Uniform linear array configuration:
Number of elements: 12
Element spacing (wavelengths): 1
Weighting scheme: exponential
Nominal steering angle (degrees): -60
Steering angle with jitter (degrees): -58.808
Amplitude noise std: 0.05
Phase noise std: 0.05

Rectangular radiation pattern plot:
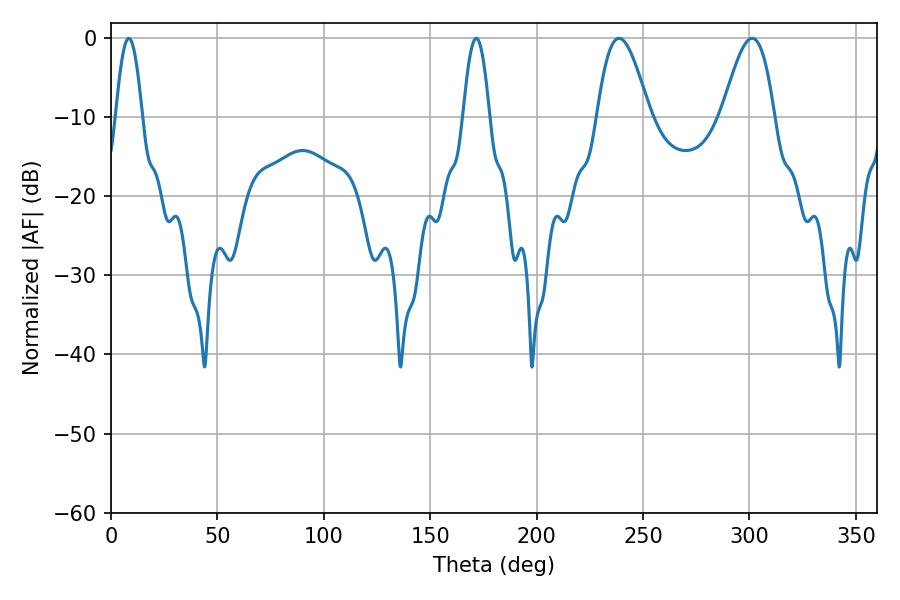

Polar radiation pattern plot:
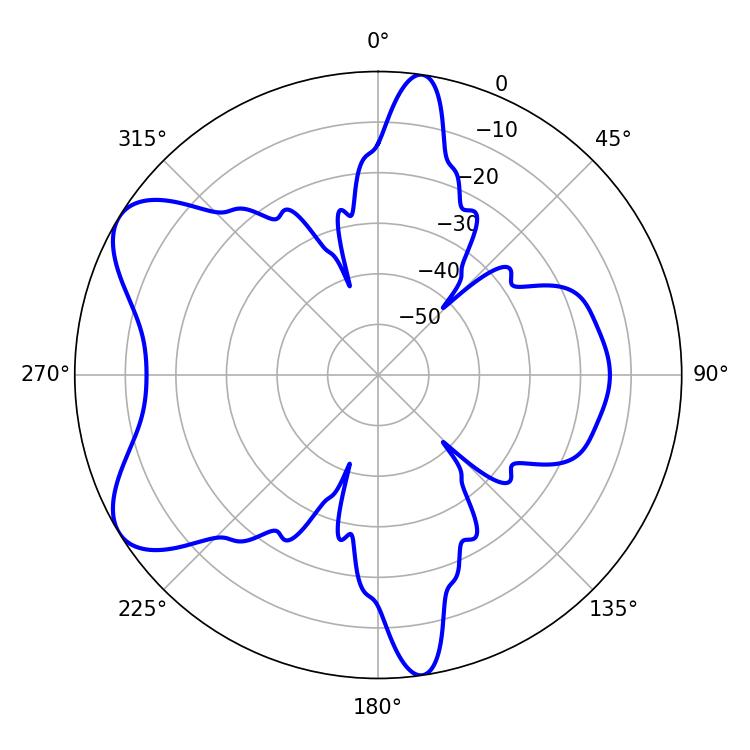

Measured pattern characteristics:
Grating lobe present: TRUE
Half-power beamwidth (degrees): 13.14
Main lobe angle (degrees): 238.68